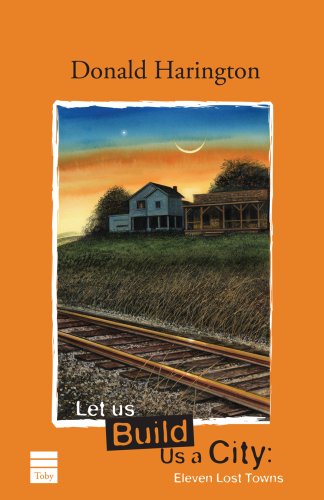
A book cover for Let Us Build Us a City: Eleven Lost Towns; Donald Harington; Travel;